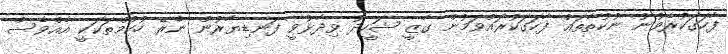
ފާހަގަކުރެވުނު ނުކުތާތައް ފާހަގަކުރައްވަމުން ގާޒީ ޝަހީދު ވިދާޅުވީ ފަނޑިޔާރުން ނެރޭ ހުކުމްތަކަކީ އެއްވެސް